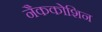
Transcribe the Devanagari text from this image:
नैककोशिन